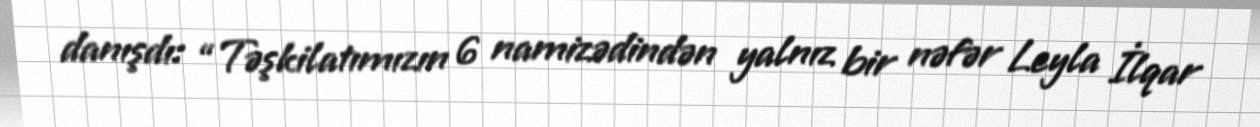
danışdı: “Təşkilatımızın 6 namizədindən yalnız bir nəfər Leyla İlqar